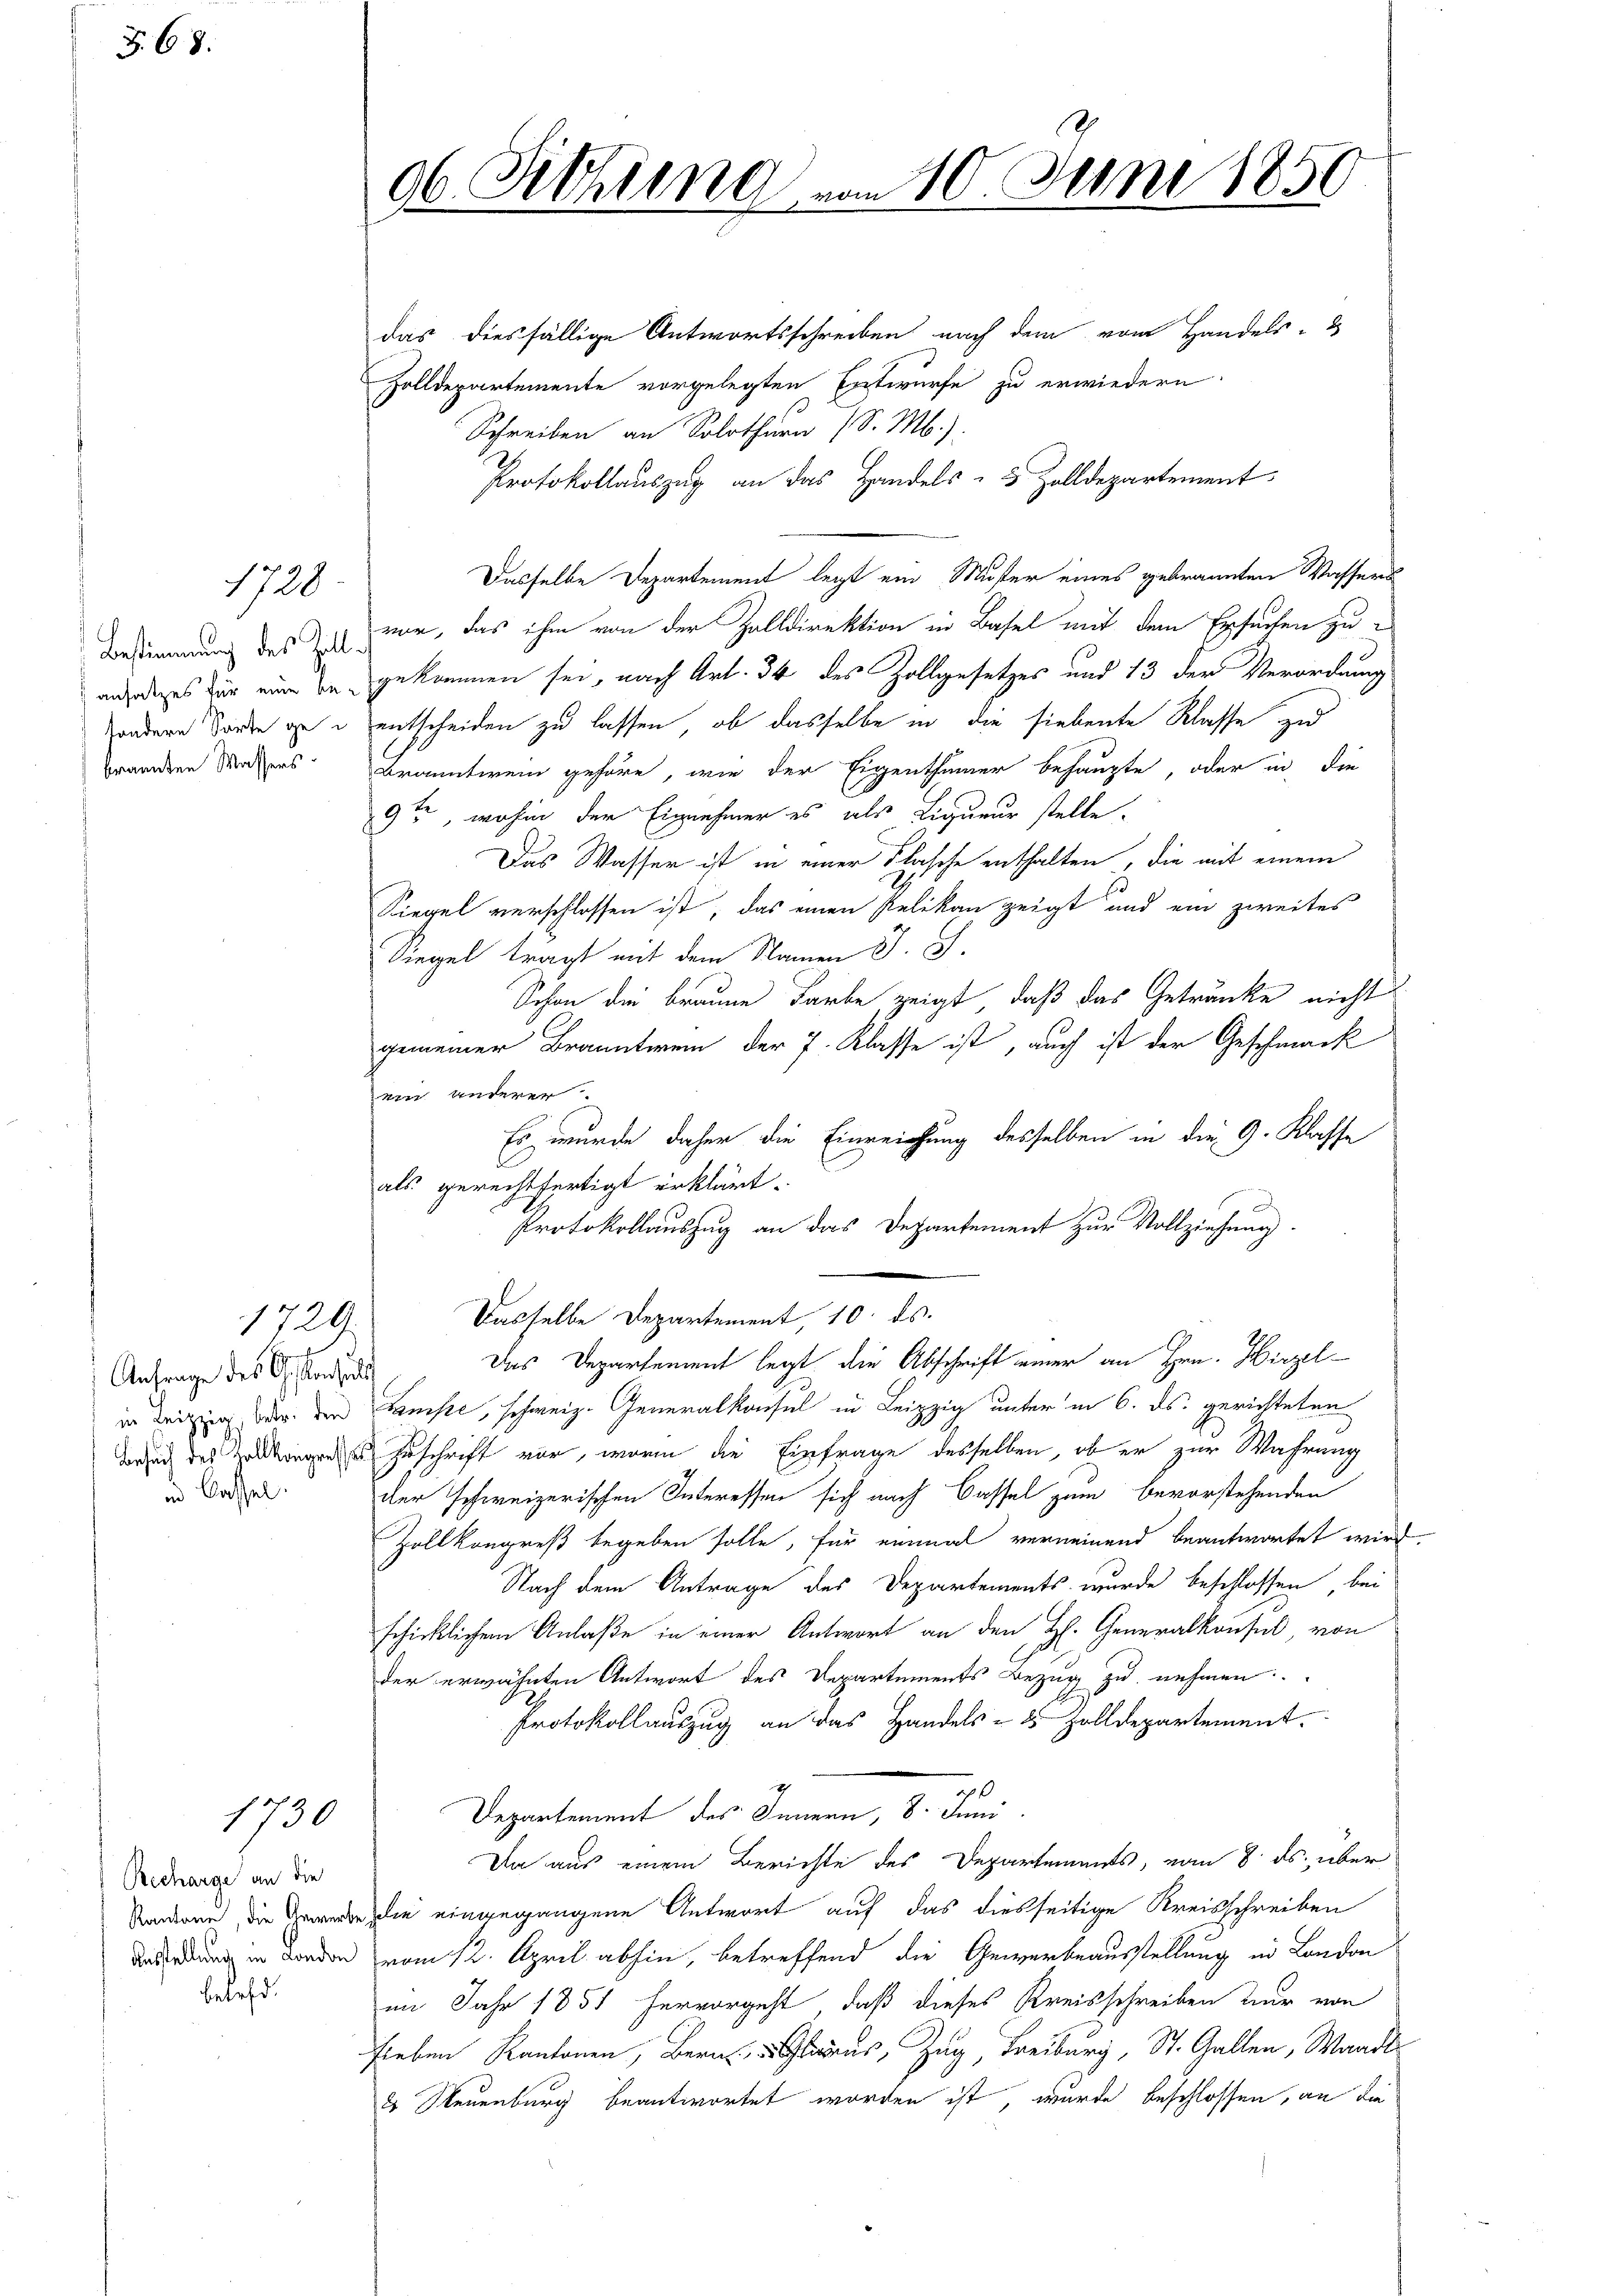
§ 68.

sondere Sorte gebrannten Wassers

Anfrage des Gestensel
in Cassel.

Recharge an die

belefd.

1720

1729.

1730

06. Sitzung

das diesfällige Antwortsschreiben nach dem vom Handels-
Zolldepartemente vorgelegten Entwurfe zu erwiedern
Schreiben an Solothurn (S. M.).
Protokollauszug an das Handels- 5 Zolldepartement
Dasselbe Departement legt ein Muster eines gebrannten Wassers
Bestimmung des war, das ihm von der Zolldirektion in Basel mit dem Erfürchen zuanfrages für eine sie gekommen sei, nach Art. 34 des Zollgesetzes und 13 der Verordnung
entscheiden zu lassen, ob dasselbe in die siebente Klasse zu
Branntwein gehöre, wie der Eigenthümer behaupte, oder in die
9te, wohin der Einnehmer es als Liqueur stelle.
Das Wasser ist in einer Flasche enthalten, die mit einem
Riegel verschlossen ist, das einen Relikan zeigt und ein zweites
Siegel tragt mit dem Namen S. S.
Schon die braune Farbe zeigt, daß das Getränke nicht
gemeiner Branntwein der 7. Klasse ist, auch ist der Geschmack
ein anderer
Es wurde daher die Einreichung desselben in die 9. Klasse
als gerechtfertigt erklärt.
Protokollauszug an das Departement zur Vollziehung.
Dasselbe Departement, 10. ds.
Das Departement legt die Abschrift einer an Hrn. Hirzel
in Leitung der der Kunste, schweiz. Generalkonsul in Leipzig unter in 6. ds. gerichteten
weich des angen Zuschrift vor, worin die Einfrage desselben, ob er zur Wahrung
der schweizerischen Interessen sich nach Cassel zum bevorstehenden
Zollkongreß begeben solle, für einmal verneinend beantwortet wird.
Nach dem Antrage des Departements wurde beschlossen bei
schicklichem Anlaße in einer Antwort an den H. Generalkonsul, von
der erwähnten Antwort des Departements Bezug zu nehmen.
Protokollauszug an das Handels- & Zolldepartement.
7
Departement des Innern, 8. Juni
Da aus einem Berichte des Departements, vom 8. ds. über
Standeren, die Gewerke die eingegangene Antwort auf das diesseitige Kreisschreiben
Dasserung in Forden vom 12. April abhin, betreffend die Gewerbeausstellung in Landon
im Jahr 1851 hervorgeht, daß dieses Kreisschreiben nur von
sieben Kantonen, Bern aus, Zug, Freiburg, St. Gallen, Waadt
 Neuenburg beantwortet worden ist, wurde beschlossen, an die

am 10. Juni 1850